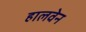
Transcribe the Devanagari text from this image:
हालवेन